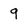
Character: g